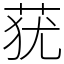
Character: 莸